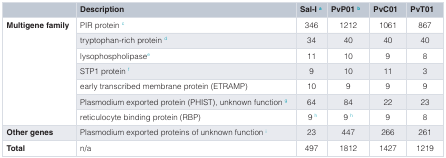
<table><thead><tr><td></td><td><b>Description</b></td><td><b>Sal-I<sup>a</sup></b></td><td><b>PvP01<sup>b</sup></b></td><td><b>PvC01</b></td><td><b>PvT01</b></td></tr></thead><tbody><tr><td><b>Multigene family</b></td><td>PIR protein<sup>c</sup></td><td>346</td><td>1212</td><td>1061</td><td>867</td></tr><tr><td></td><td>tryptophan-rich protein<sup>d</sup></td><td>34</td><td>40</td><td>40</td><td>40</td></tr><tr><td></td><td>lysophospholipase<sup>e</sup></td><td>11</td><td>10</td><td>9</td><td>8</td></tr><tr><td></td><td>STP1 protein<sup>f</sup></td><td>9</td><td>10</td><td>11</td><td>3</td></tr><tr><td></td><td>early transcribed membrane protein (ETRAMP)</td><td>10</td><td>9</td><td>9</td><td>9</td></tr><tr><td></td><td>Plasmodium exported protein (PHIST), unknown function<sup>g</sup></td><td>64</td><td>84</td><td>22</td><td>23</td></tr><tr><td></td><td>reticulocyte binding protein (RBP)</td><td>9<sup>h</sup></td><td>9<sup>h</sup></td><td>9</td><td>8</td></tr><tr><td><b>Other genes</b></td><td>Plasmodium exported proteins of unknown function<sup>i</sup></td><td>23</td><td>447</td><td>266</td><td>261</td></tr><tr><td><b>Total</b></td><td>n/a</td><td>497</td><td>1812</td><td>1427</td><td>1219</td></tr></tbody></table>